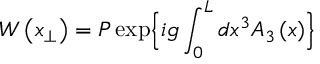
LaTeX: W \left( x _ { \perp } \right) = P \exp \Bigl \{ i g \int _ { 0 } ^ { L } d x ^ { 3 } A _ { 3 } \left( x \right) \Bigr \}